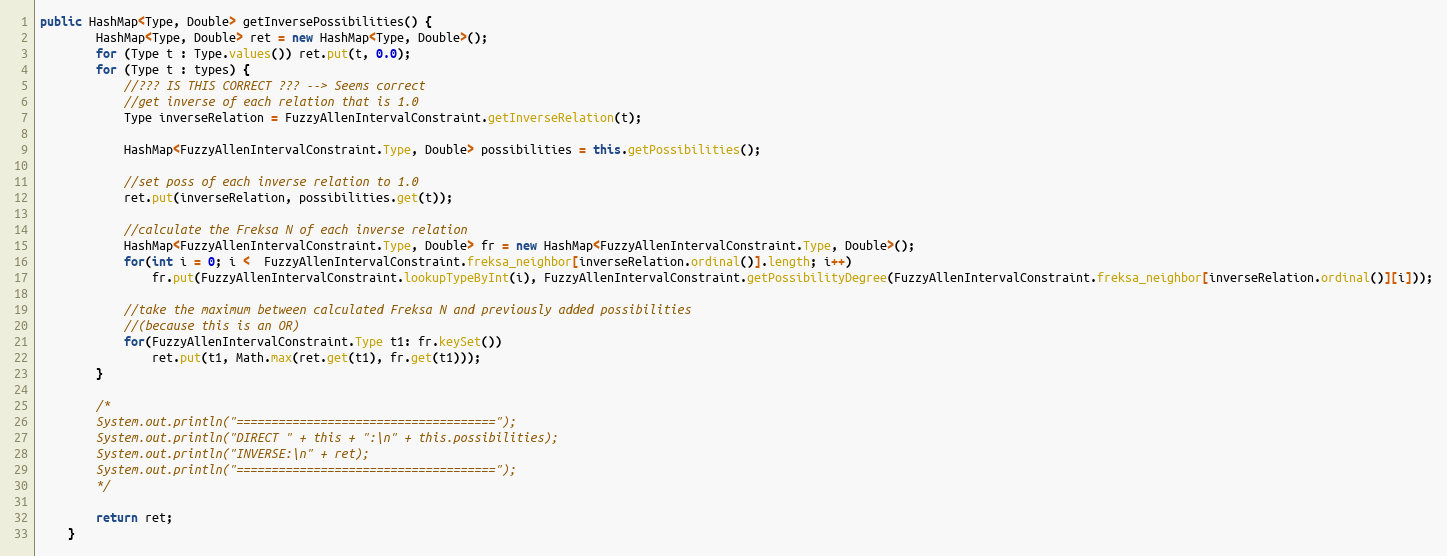
Language: Java
public HashMap<Type, Double> getInversePossibilities() {
		HashMap<Type, Double> ret = new HashMap<Type, Double>();
		for (Type t : Type.values()) ret.put(t, 0.0);
		for (Type t : types) {
			//??? IS THIS CORRECT ??? --> Seems correct
			//get inverse of each relation that is 1.0
			Type inverseRelation = FuzzyAllenIntervalConstraint.getInverseRelation(t);

			HashMap<FuzzyAllenIntervalConstraint.Type, Double> possibilities = this.getPossibilities();

			//set poss of each inverse relation to 1.0
			ret.put(inverseRelation, possibilities.get(t));

			//calculate the Freksa N of each inverse relation
			HashMap<FuzzyAllenIntervalConstraint.Type, Double> fr = new HashMap<FuzzyAllenIntervalConstraint.Type, Double>();
			for(int i = 0; i <  FuzzyAllenIntervalConstraint.freksa_neighbor[inverseRelation.ordinal()].length; i++)
				fr.put(FuzzyAllenIntervalConstraint.lookupTypeByInt(i), FuzzyAllenIntervalConstraint.getPossibilityDegree(FuzzyAllenIntervalConstraint.freksa_neighbor[inverseRelation.ordinal()][i]));

			//take the maximum between calculated Freksa N and previously added possibilities
			//(because this is an OR)
			for(FuzzyAllenIntervalConstraint.Type t1: fr.keySet())
				ret.put(t1, Math.max(ret.get(t1), fr.get(t1)));
		}

		/*
		System.out.println("=====================================");
		System.out.println("DIRECT " + this + ":\n" + this.possibilities);
		System.out.println("INVERSE:\n" + ret);
		System.out.println("=====================================");
		*/

		return ret;
	}